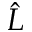
\hat { L }